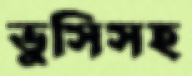
ভুসিসহ